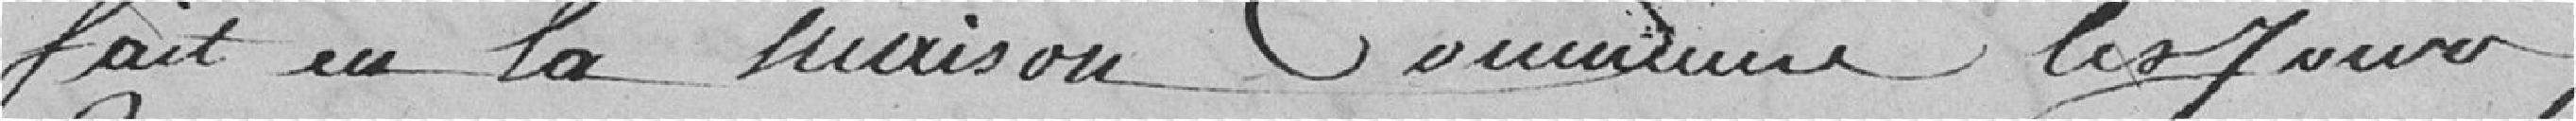
Fait en la maison Commune, les jours,